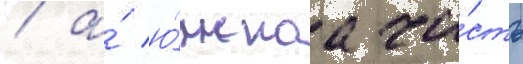
/ а́ ю́жнаа ча́сть